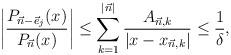
LaTeX: \begin{align*} \left| \frac{P_{\vec{n}-\vec{e}_j}(x)}{P_{\vec{n}}(x)} \right| \leq \sum_{k=1}^{|\vec{n}|} \frac{A_{\vec{n},k}}{|x-x_{\vec{n},k}|} \leq \frac{1}{\delta}, \end{align*}